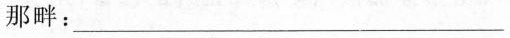
那畔：___